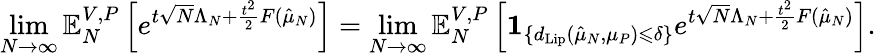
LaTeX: \operatorname*{lim}_{N\to\infty}\mathbb{E}_{N}^{V,P}\left[e^{t\sqrt{N}\Lambda_{N}+\frac{t^{2}}{2}F(\hat{\mu}_{N})}\right]=\operatorname*{lim}_{N\to\infty}\mathbb{E}_{N}^{V,P}\left[\mathbf{1}_{\{ d_{\mathrm{Lip}}(\hat{\mu}_{N},\mu_{P})\leqslant\delta\} }e^{t\sqrt{N}\Lambda_{N}+\frac{t^{2}}{2}F(\hat{\mu}_{N})}\right].